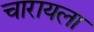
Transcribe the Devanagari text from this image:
चारायला